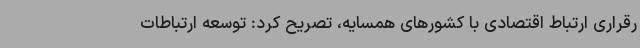
رقراری ارتباط اقتصادی با کشورهای همسایه، تصریح کرد: توسعه ارتباطات